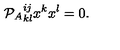
{ \cal P } _ { A } { } _ { k l } ^ { i j } x ^ { k } x ^ { l } = 0 .